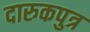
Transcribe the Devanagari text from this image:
दारुकपुत्र